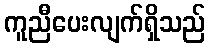
ကူညီပေးလျက်ရှိသည်